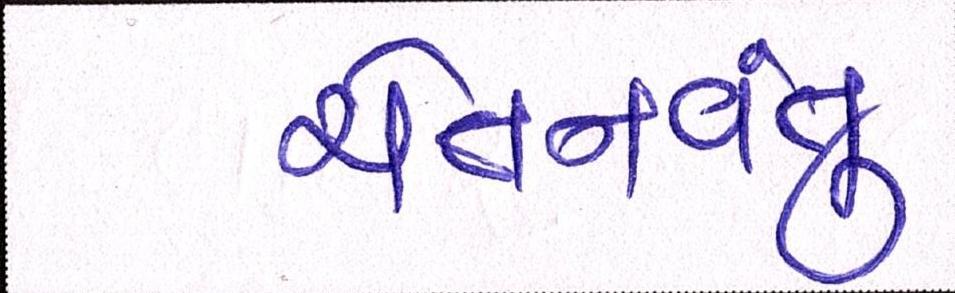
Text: ચેતનવંતું